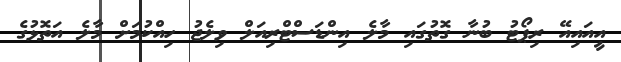
އީއައިއޭ ރިޕޯޓު ބުނާ ގޮތުގައި މާލެ އިންޑަސްޓްރިއަލް ވިލެޖު ހިއްކުމަށް މާލެ އަތޮޅުގެ